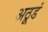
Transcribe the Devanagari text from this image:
अठूडं